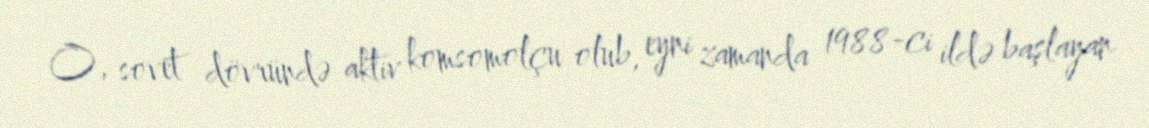
O, sovet dövründə aktiv komsomolçu olub, eyni zamanda 1988-ci ildə başlayan